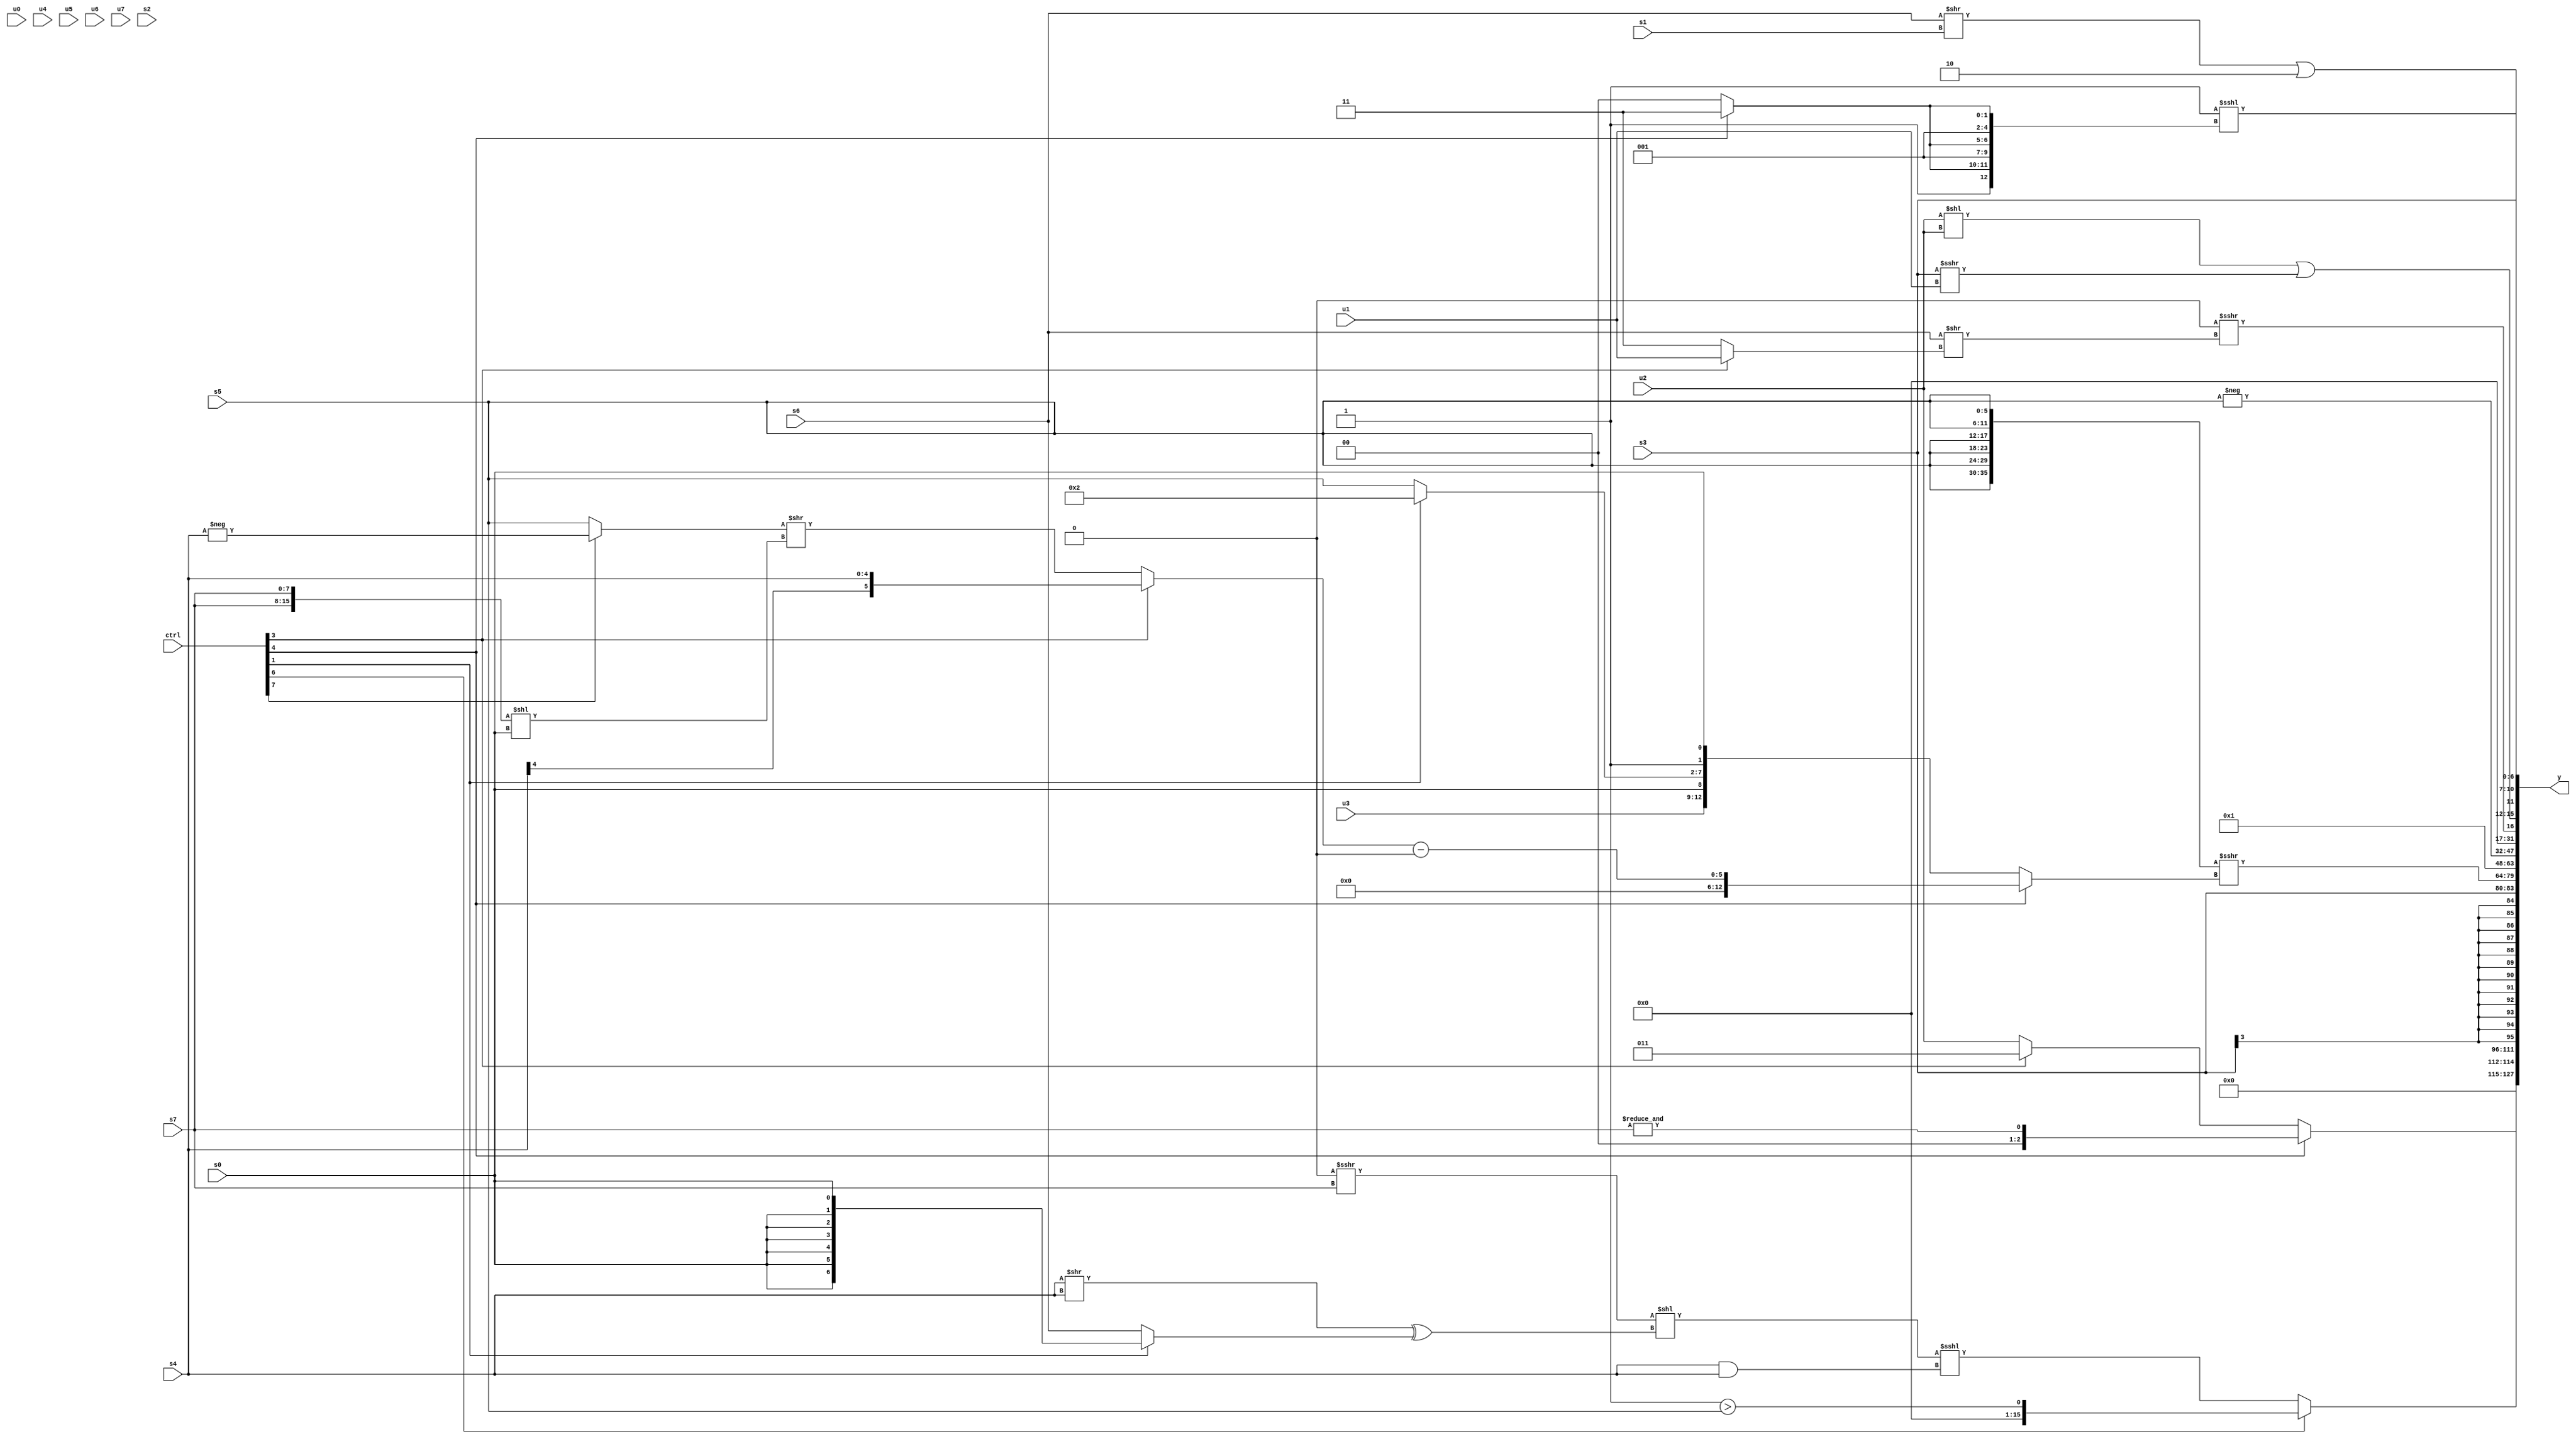
module wideexpr_00850(ctrl, u0, u1, u2, u3, u4, u5, u6, u7, s0, s1, s2, s3, s4, s5, s6, s7, y);
  input [7:0] ctrl;
  input [0:0] u0;
  input [1:0] u1;
  input [2:0] u2;
  input [3:0] u3;
  input [4:0] u4;
  input [5:0] u5;
  input [6:0] u6;
  input [7:0] u7;
  input signed [0:0] s0;
  input signed [1:0] s1;
  input signed [2:0] s2;
  input signed [3:0] s3;
  input signed [4:0] s4;
  input signed [5:0] s5;
  input signed [6:0] s6;
  input signed [7:0] s7;
  output [127:0] y;
  wire [15:0] y0;
  wire [15:0] y1;
  wire [15:0] y2;
  wire [15:0] y3;
  wire [15:0] y4;
  wire [15:0] y5;
  wire [15:0] y6;
  wire [15:0] y7;
  assign y = {y0,y1,y2,y3,y4,y5,y6,y7};
  assign y0 = (ctrl[4]?~^(~&(s7)):(ctrl[3]?$signed(2'sb11):$signed($signed($signed(u2)))));
  assign y1 = (ctrl[6]?($signed($signed(~(2'sb00))))>(s5):((((u0)>>(4'sb0010))>>>({1{s7}}))<<(((s4)>>(s4))^((ctrl[1]?s0:s6))))<<<((s4)&(s4)));
  assign y2 = s3;
  assign y3 = ($unsigned({2{{3{s5}}}}))>>>((ctrl[4]?$unsigned(((ctrl[3]?s4:((ctrl[7]?-(s4):$signed(s5)))>>(({2'sb00,s7,s7})<<((ctrl[6]?s0:s0)))))-(1'sb0)):{u3,{s0,(ctrl[1]?3'sb010:s5),(4'sb1001)<=(6'sb000010),s0}}));
  assign y4 = 6'sb000001;
  assign y5 = -(s5);
  assign y6 = +(|((+(~^(2'sb01)))>>>((s6)>>((ctrl[3]?u1:2'sb11)))));
  assign y7 = $signed({((u2)<<(+(u2)))|({(s3)>>>(u1)}),(1'b1)<<<({3{(ctrl[4]?5'sb00111:5'sb00100)}}),s3,$signed(((s6)>>(s1))|($signed(4'sb1110)))});
endmodule